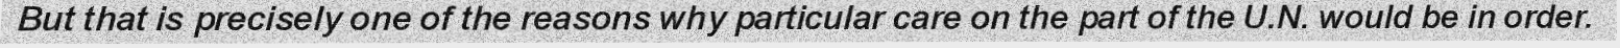
But that is precisely one of the reasons why particular care on the part of the U.N. would be in order.